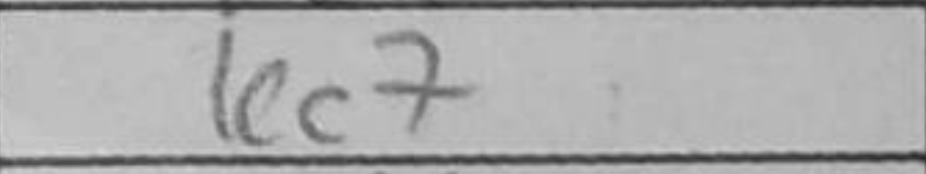
Transcription: Kc7